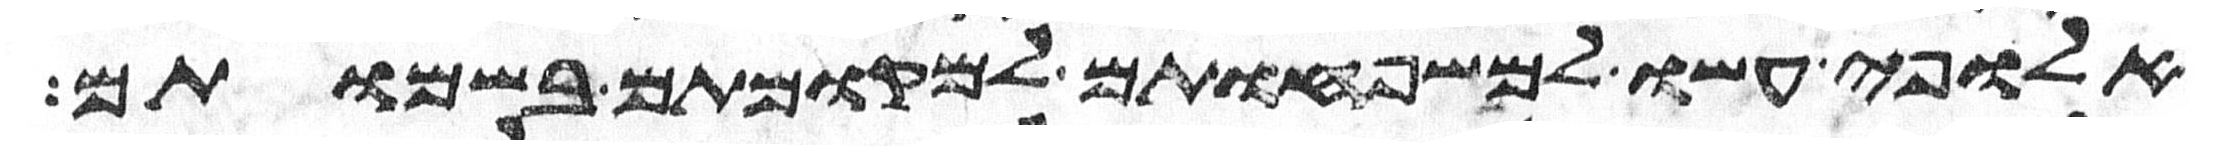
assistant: אלופי עשו למשפחותם למקומותם בשמותם